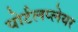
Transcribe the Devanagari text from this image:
पोर्टलप्लेयर